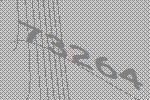
73264